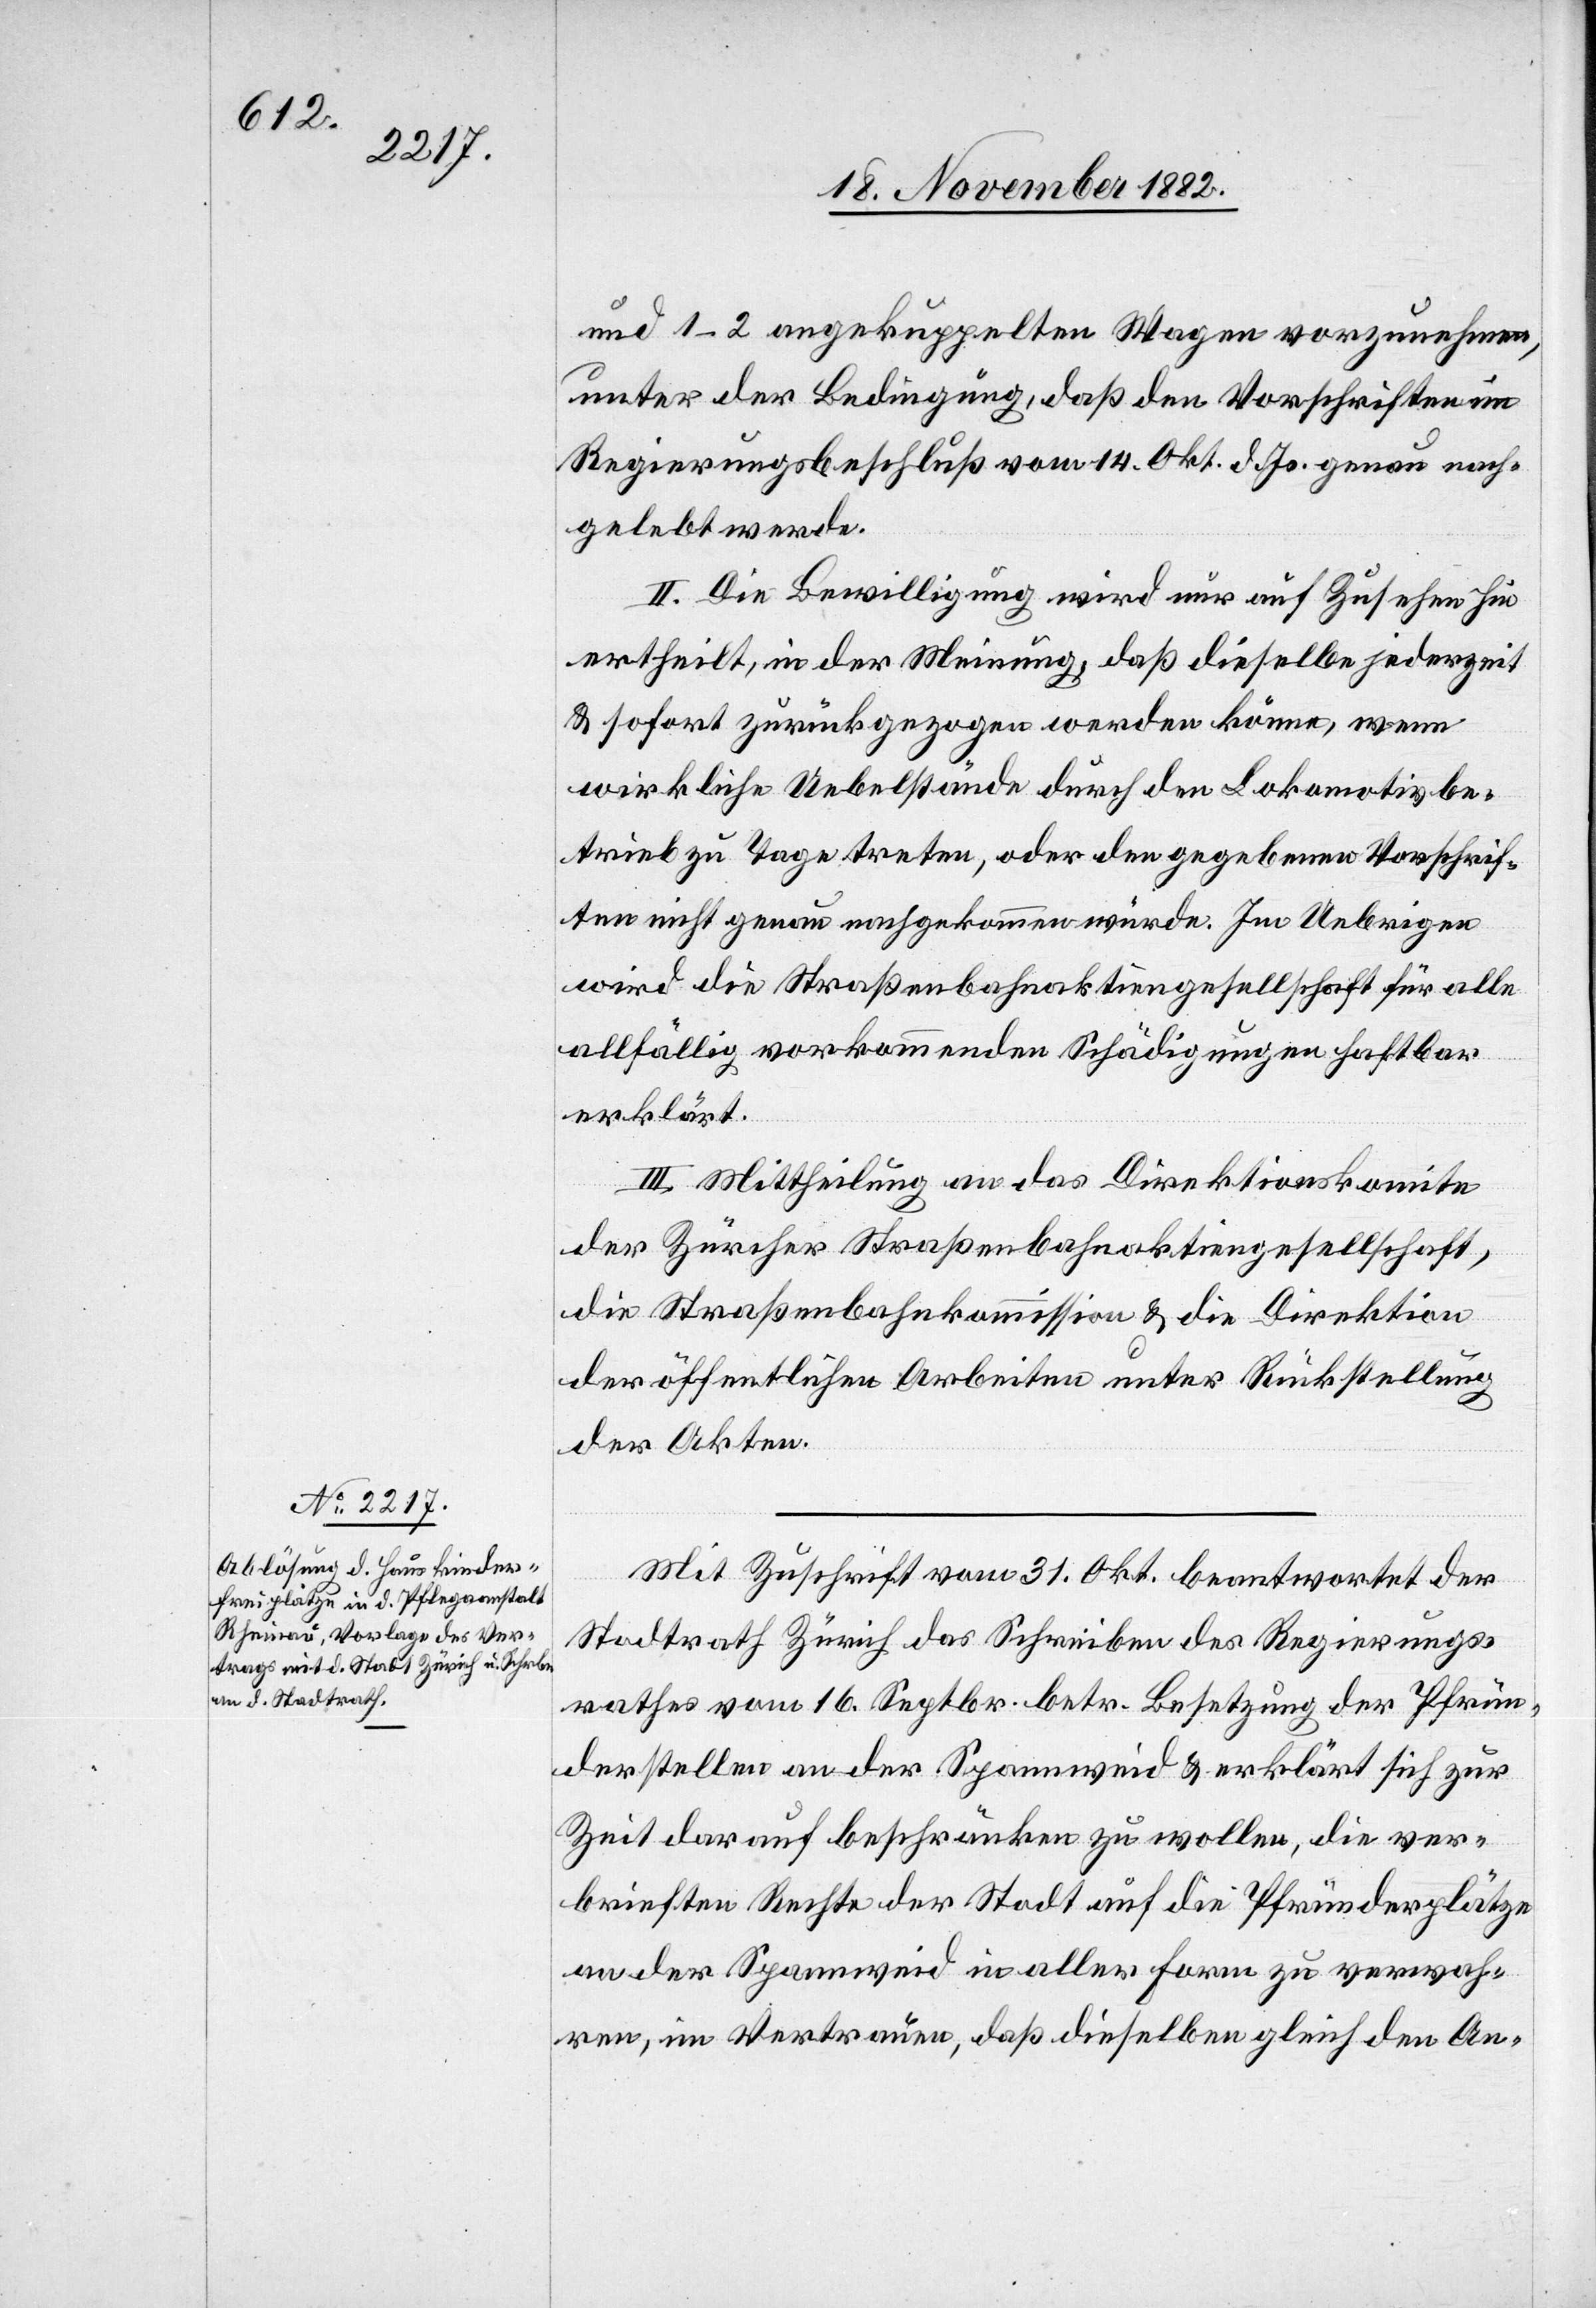
und 1–2 angekuppelten Wagen vorzunehmen,
unter der Bedingung, daß den Vorschriften im
Regierungsbeschluß vom 14. Okt. d. Js. genau nach¬
gelebt werde.
II. Die Bewilligung wird nur auf Zusehen hin
ertheilt, in der Meinung, daß dieselbe jederzeit
& sofort zurückgezogen werden könne, wenn
wirkliche Uebelstände durch den Lokomotivbe¬
trieb zu Tage treten, oder den gegebenen Vorschrif¬
ten nicht genau nachgekommen würde. Im Uebrigen
wird die Straßenbahnaktiengesellschaft für alle
allfällig vorkommenden Schädigungen haftbar
erklärt.
III. Mittheilung an das Direktionskomite
der Zürcher Straßenbahnaktiengesellschaft,
die Straßenbahnkommission & die Direktion
der öffentlichen Arbeiten unter Rückstellung
der Akten.
Mit Zuschrift vom 31. Okt. beantwortet der
Stadtrath Zürich das Schreiben des Regierungs¬
rathes vom 16. Septbr. betr. Besetzung der Pfrün¬
derstellen an der Spannweid & erklärt sich zur
Zeit darauf beschränken zu wollen, die ver¬
brieften Rechte der Stadt auf die Pfründerplätze
an der Spannweid in aller Form zu verwah¬
ren, im Vertrauen, daß dieselben gleich den An-